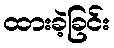
ထားခဲ့ခြင်း